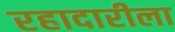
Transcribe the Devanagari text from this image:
रहादारीला